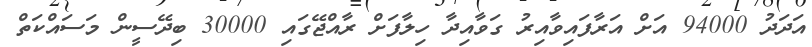
އަދަދު 94000 އަށް އަރާފައިވާއިރު ގަވާއިދާ ހިލާފަށް ރާއްޖޭގައި 30000 ބިދޭސީން މަސައްކަތް